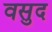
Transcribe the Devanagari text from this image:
वसुद